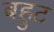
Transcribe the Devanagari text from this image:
बहुट